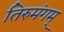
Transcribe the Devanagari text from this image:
तिरुमंगम्‌